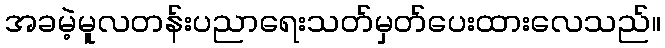
အခမဲ့မူလတန်းပညာရေးသတ်မှတ်ပေးထားလေသည်။